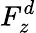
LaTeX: F_{z}^{d}